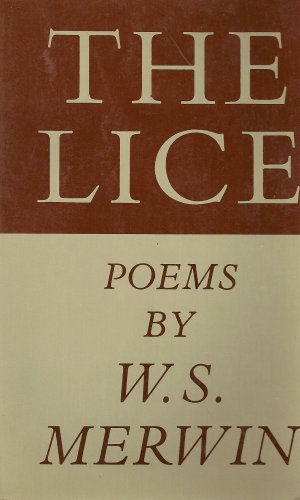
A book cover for The Lice: Poems by W.S. Merwin; W. S. Merwin; Health, Fitness & Dieting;